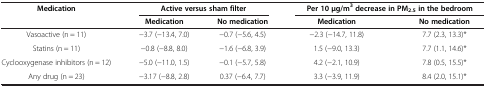
| <ROWSPAN=2> Medication | <COLSPAN=2> Active versus sham filter | <COLSPAN=2> Per 10 μg/m3 decrease in PM2.5 in the bedroom |
 | Medication | No medication | Medication | No medication |
 | --- | --- | --- | --- | --- |
 | Vasoactive (n = 11) | −3.7 (−13.4, 7.0) | −0.7 (−5.6, 4.5) | −2.3 (−14.7, 11.8) | 7.7 (2.3, 13.3)* |
 | Statins (n = 11) | −0.8 (−8.8, 8.0) | −1.6 (−6.8, 3.9) | 1.5 (−9.0, 13.3) | 7.7 (1.1, 14.6)* |
 | Cyclooxygenase inhibitors (n = 12) | −5.0 (−11.0, 1.5) | −0.1 (−5.7, 5.8) | 4.2 (−2.1, 10.9) | 7.8 (0.5, 15.5)* |
 | Any drug (n = 23) | −3.17 (−8.8, 2.8) | 0.37 (−6.4, 7.7) | 3.3 (−3.9, 11.9) | 8.4 (2.0, 15.1)* |